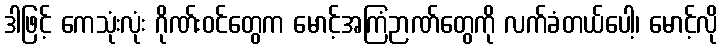
ဒါဖြင့် ကေသုံးလုံး ဂိုဏ်းဝင်တွေက မောင့်အကြံဉာဏ်တွေကို လက်ခံတယ်ပေါ့၊ မောင့်လို